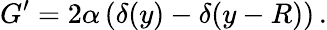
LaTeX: G^{\prime}=2\alpha\left(\delta(y)-\delta(y-R)\right)\, .